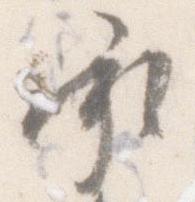
承